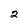
Character: 2